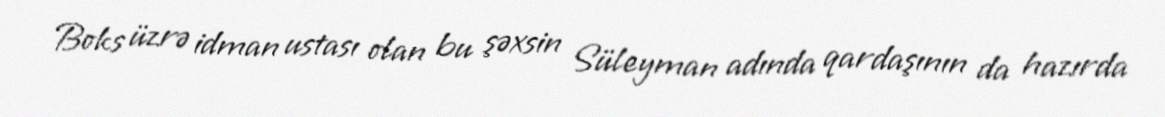
Boks üzrə idman ustası olan bu şəxsin Süleyman adında qardaşının da hazırda